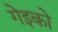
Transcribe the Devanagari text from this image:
गेइको